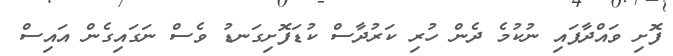
ފޮށި ވައްދާފައި ނުކުމެ ދެން ހުރި ކަރުދާސް ކުޑަފޮށިގަނޑު ވެސް ނަގައިގެން އައިސް